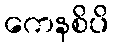
ကေနစိပိ